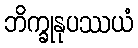
ဘိက္ခုနုပဿယံ